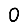
Digit: 0